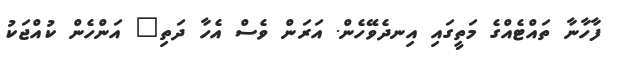
ފާހާނާ ތައްޓެއްގެ މަތީގައި އިނދެވޭހެން. އަރަން ވެސް އެހާ ދަތި" އަންހެން ކުއްޖަކު